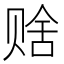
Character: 𬥹